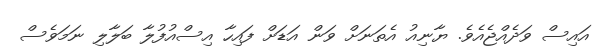
އައިސް ވަދެއްޖެއެވެ. ޔާނިއު އެތަނަށް ވަން އަޑަށް ފައިހާ އިސްއުފުލާ ބަލާލި ނަމަވެސް